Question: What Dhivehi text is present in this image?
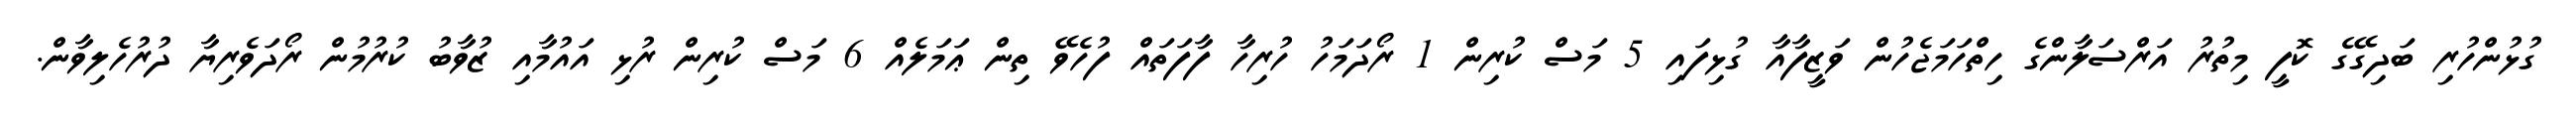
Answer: ގުޅުންހުރި ބަދިގޭގެ ކޮފީ މިތުރު އަރްސަލާންގެ ހިތްހަމަޖެހުން ވަޒީފާއާ ގުޅިފައި 5 މަސް ކުރިން 1 ރޯދަމަހު ހުރިހާ ފާފަތައް ފުހެވޭ ތިން ޢަމަލެއް 6 މަސް ކުރިން ރުޅި އައުމާއި ޒުވާބު ކުރުމުން ރޯދަވެރިޔާ ދުރުހެލިވާން.